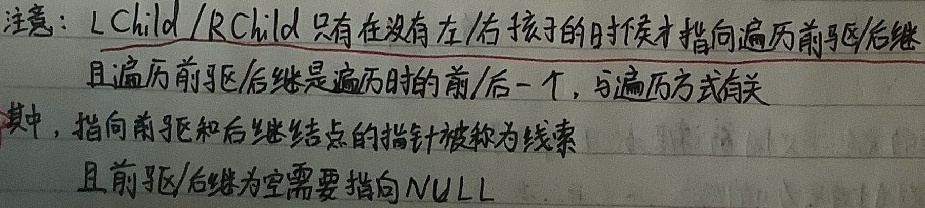
注意：$LChild/RChild$ 只有在没有左/右孩子的时候才指向遍历前驱/后继，且遍历前驱/后继是遍历时的前/后一个，与遍历方式有关。其中，指向前驱和后继结点的指针被称为线索，且前驱/后继为空需要指向 $NULL$ 。